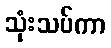
သုံးသပ်ကာ